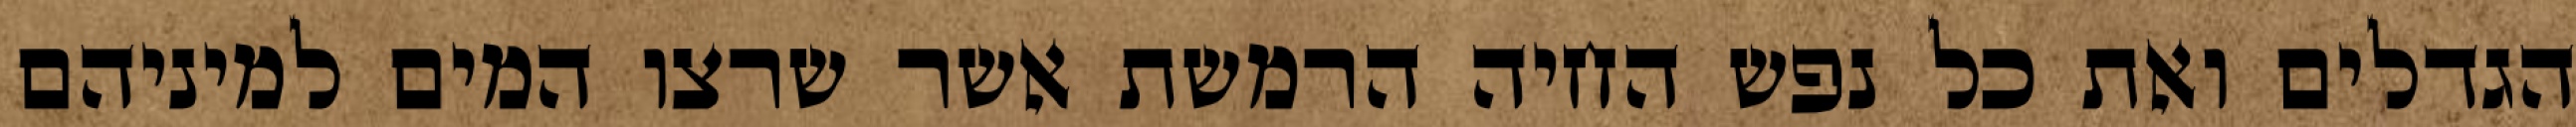
הגדלים ואת כל נפש החיה הרמשת אשר שרצו המים למיניהם